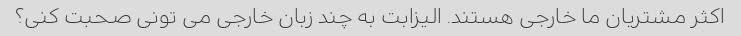
اکثر مشتریان ما خارجی هستند. الیزابت به چند زبان خارجی می تونی صحبت کنی؟